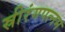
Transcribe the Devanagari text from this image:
स्रीरंगपत्नम